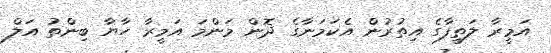
އަމީރާ ލަތީފާގެ އިތުރުން އެކަމަނާގެ ދޮން މަންމަ އަމީރާ ހާޔާ ބިންތު އަލް